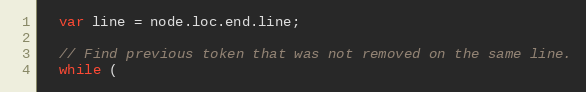
Language: JavaScript
  var line = node.loc.end.line;

  // Find previous token that was not removed on the same line.
  while (